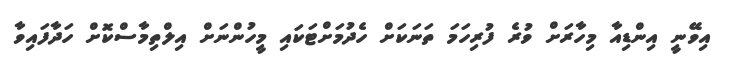
އިވޭނީ އިންޑިއާ މިހާރަށް ވުރެ ފުރިހަމަ ތަނަކަށް ހެދުމަށްޓަކައި މީހުންނަށް އިލްތިމާސްކޮށް ހަދާފައިވާ